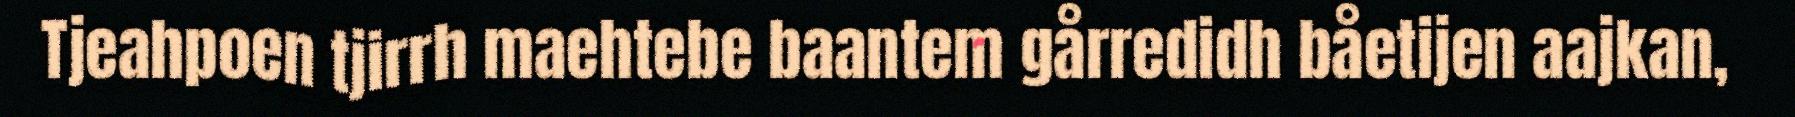
Tjeahpoen tjirrh maehtebe baantem gårredidh båetijen aajkan,